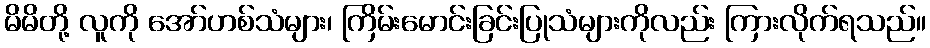
မိမိတို့ လူကို အော်ဟစ်သံများ၊ ကြိမ်းမောင်းခြင်းပြုသံများကိုလည်း ကြားလိုက်ရသည်။